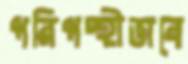
পরিপন্থীভাবে